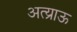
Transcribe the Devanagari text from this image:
अत्य्राऊ